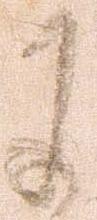
に